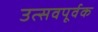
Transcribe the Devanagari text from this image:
उत्सवपूर्वक